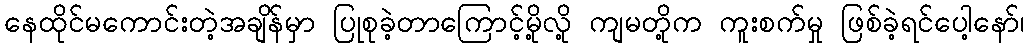
နေထိုင်မကောင်းတဲ့အချိန်မှာ ပြုစုခဲ့တာကြောင့်မို့လို့ ကျမတို့က ကူးစက်မှု ဖြစ်ခဲ့ရင်ပေါ့နော်၊